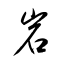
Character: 岩